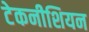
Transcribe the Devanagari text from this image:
टेकनीशियन